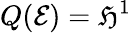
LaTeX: Q(\mathcal{E})=\mathfrak{H}^{1}